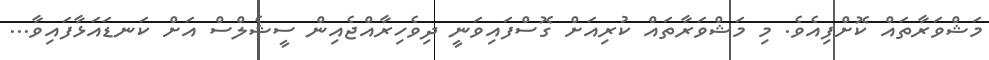
މަޝްވަރާތައް ކޮށްފިއެެވެ. މި މަޝްވަރާތައް ކުރިއަށް ގޮސްފައިވަނީ ދިވެހިރާއްޖެއިން ސީޝެލްސް އަށް ކަނޑައަޅާފައިވާ...